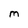
Character: m